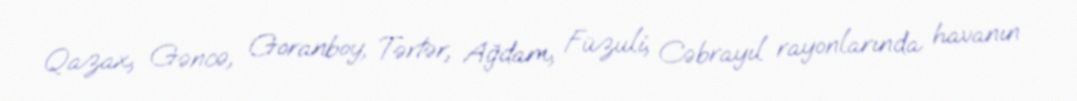
Qazax, Gəncə, Goranboy, Tərtər, Ağdam, Füzuli, Cəbrayıl rayonlarında havanın